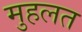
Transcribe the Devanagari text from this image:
मुहलत